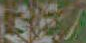
SET